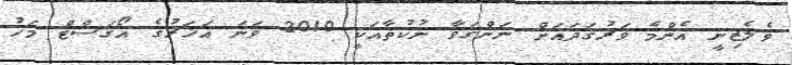
ވެލެޒިނީ އެންމެ ވަރުގަދައަށް ނަންގަވާ ނުކުތާއަކީ 2010 ވަނަ އަހަރުގެ އޯގަސްޓް މަހު